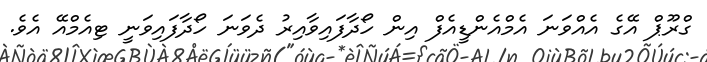
ގްރޫޕް އޭގެ އެއްވަނަ އެމްއެންޑީއެފް އިން ހޯދާފައިވާއިރު ދެވަނަ ހޯދާފައިވަނީ ޓިއެމްއޭ އެވެ.